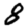
Digit: 8